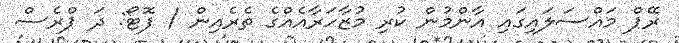
ރޭޕް މައްސަލައިގައި އާންމުން ކުރި މުޒާހަރާއެއްގެ ތެރެއިން / ފޮޓޯ: ދަ ޕްރެސް